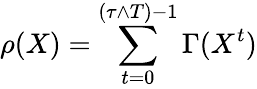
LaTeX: \rho(X)=\sum_{t=0}^{(\tau\wedge T)-1}\Gamma(X^{t})